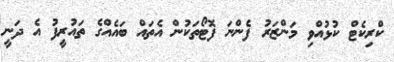
ކްރިކެޓް ކުޅުއްވި މަންޒަރު ފެންނަ ފޮޓޯތަކުން އެތައް ބައެއްގެ ތައުރީފު އެ ދަނީ